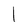
Character: l